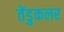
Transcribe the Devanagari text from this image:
तेंडुकलर